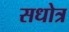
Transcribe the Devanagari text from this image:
सधोत्र